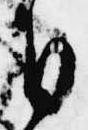
日